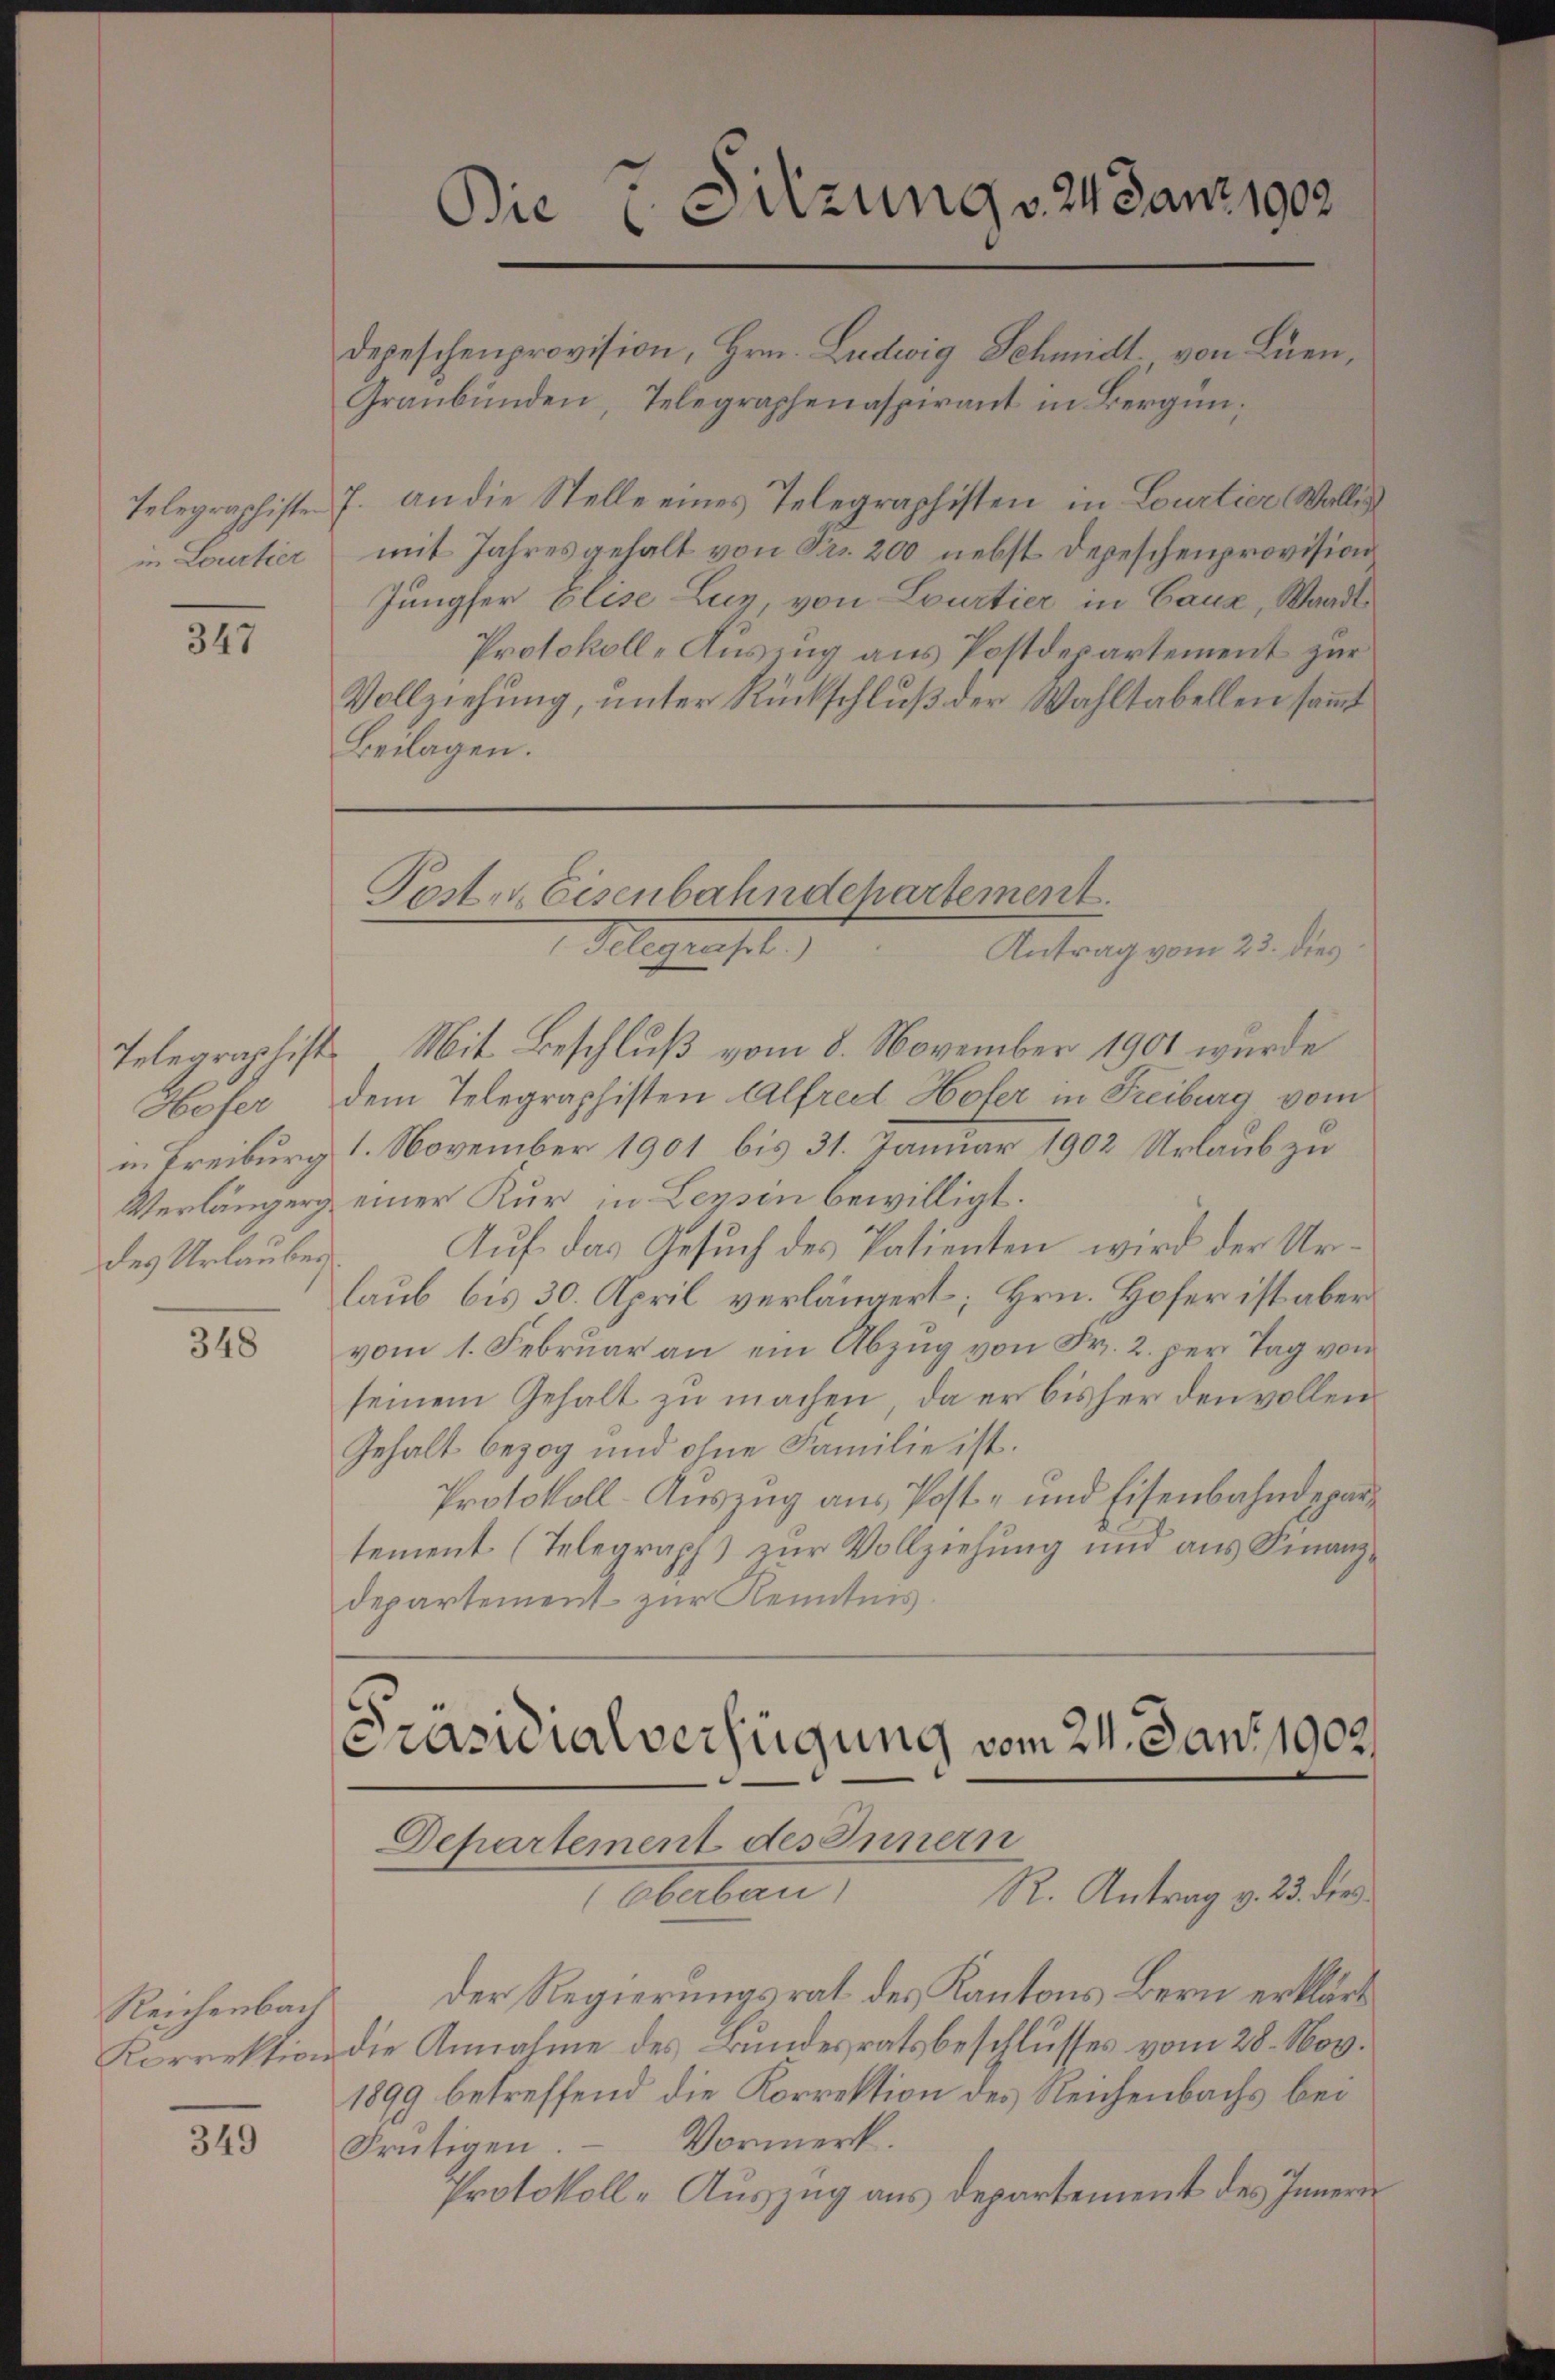
in Lourtier

347

Keser
des Urlauber.

348

Reichenbach

349

Die Sitzung v. 24 Janr 1903

depeschenprovision, Hrn. Ludwig Schmidt von Luen,
Graubünden, Telegraphenaspirant in Bergün¬
Telegraphiste J. an die Stelle eines Telegraphisten in Lourtier Wallis
mit Jahres gehalt von Fr. 200 nebst Depeschenprovision
Jungfer Elise Luz, von Lourtier in Cauz, Waadt
Protokoll-Auszug aus Postdepartement zur
Vollziehung, unter Rückschluß der Wahltabellen sammt
Beilagen.

Poster Eisenbahndehartement.
Gelegen se
Antrag vom 23. dies

Telegraphist. Mit Beschluß vom 8. November 1901 wurde
dem Telegraphisten Alfredt Hofer in Freiburg vom
u. Freiburg 1. November 1901 bis 31. Januar 1902 Urlaub zu
Verlängerg einer Kur in Leysin bewilligt.
Auf das Gesuch des Patienten wird der Urlaub bis 30. April verlängert; Hrn. Hofer ist aber
vom 1. Februar an ein Abzug von Fr. 2. per Tag von
seinem Gehalt zu machen, da er bisher den vollen
Gehalt bezog und ohne Familie ist.
Protokoll-Auszug aus Post- und Eisenbahndepartement (Telegraph) zur Vollziehung und aus Finanzdepartement zur Kenntnis.

Präsidialverfügung vom 24. Jan. 1902.
Departement des Innern
Abebau
R. Antrag v. 23. dies

Der Regierungsrat des Kantons Bern erklärt
Korrektion die Annahme des Bundesratsbeschlusses vom 28. Nov.
1899 betreffend die Korrektion des Reichenbachs bei
Vormerk.
Prütigen.
Protokoll-Auszug aus Departement des Innern